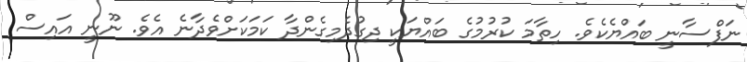
ނަފްސާނީ ބައްޔެކެވެ. ހިތާމަ ކުރުމުގެ ބައްޔަކީ ދިގުދެމިގެންދާ ކަމަކަށްވެދާނެ އެވެ. ނޫނީ އައިސް